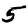
Digit: 5